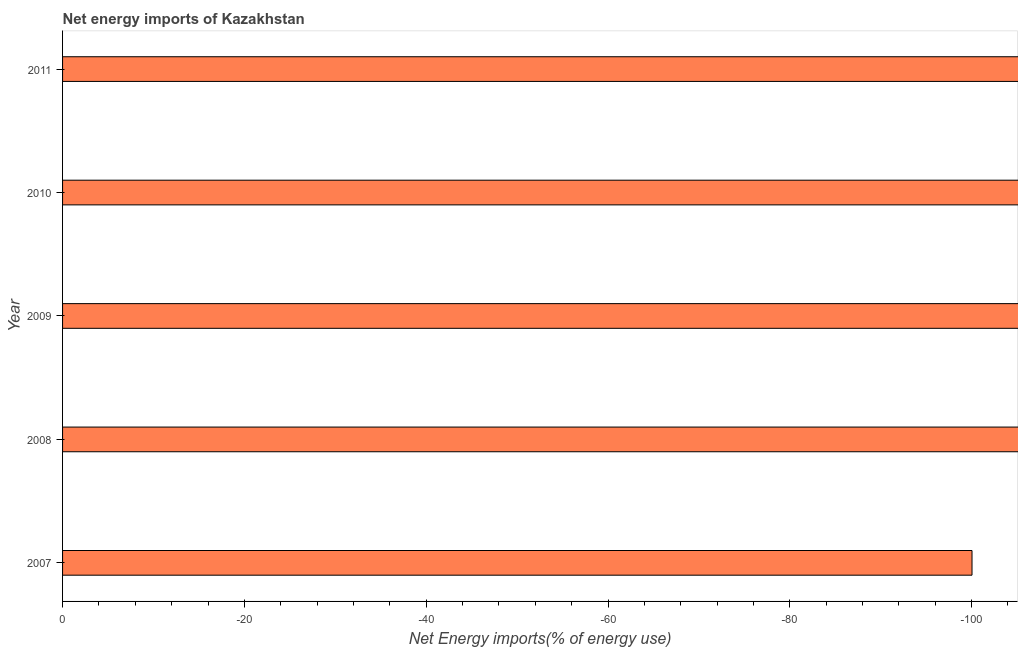
| Year | Energy imports |
 | --- | --- |
 | 2007 | -100 |
 | 2008 | -107 |
 | 2009 | -133 |
 | 2010 | -127 |
 | 2011 | -107 |